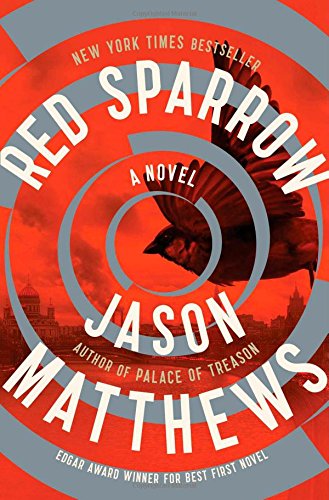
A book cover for Red Sparrow: A Novel; Jason Matthews; Mystery, Thriller & Suspense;